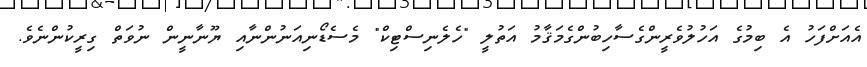
އެއަށްފަހު އެ ބިމުގެ އަހުލުވެރީންގެސާހިބުންގެމަޤާމު އަތުލީ "ހެލެނިސްޓިކް" މެސެޑޯނިއަނުންނާއި ޔޫނާނީން ނުވަތް ގިރީކުންނެވެ.